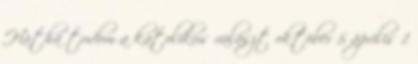
Hátha tudom a katolikus választ október 5 április 1